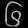
Digit: ၆